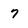
Character: 7